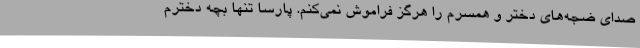
صدای ضجه‌های دختر و همسرم را هرگز فراموش نمی‌کنم. پارسا تنها بچه دخترم